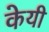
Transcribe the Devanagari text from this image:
केयी